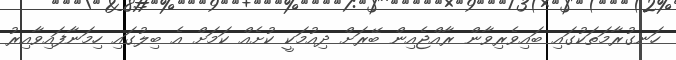
ހަނގުރާމަތަކުގައި ބައިވެރިވާން ރާއްޖެއިން ބޭރަށް ދިއުމަކީ ކުށެއް ކަމަށް އެ ބިލުގައި ހިމަނާފައިވާއިރު